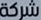
شركة